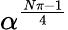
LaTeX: \alpha^{\frac{N\pi-1}{4}}